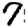
Digit: 7